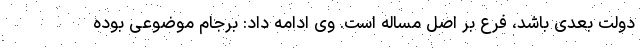
دولت بعدی باشد، فرع بر اصل مساله است. وی ادامه داد: برجام موضوعی بوده